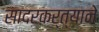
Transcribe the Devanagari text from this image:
सादरकर्त्याने